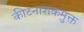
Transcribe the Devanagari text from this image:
कीटनाशकमुक्त